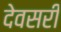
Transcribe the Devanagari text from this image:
देवसरी